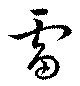
雷